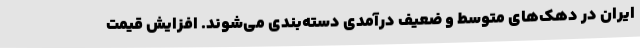
ایران در دهک‌های متوسط و ضعیف درآمدی دسته‌بندی می‌شوند. افزایش قیمت